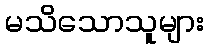
မသိသောသူများ